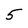
Character: 5